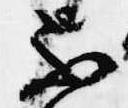
不